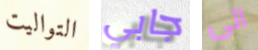
التواليت جابي الى